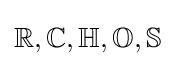
\mathbb {R} ,\mathbb {C} ,\mathbb {H} ,\mathbb {O} ,\mathbb {S}